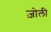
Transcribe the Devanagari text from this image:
ज़ोली